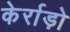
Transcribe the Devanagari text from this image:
केर्राड़ो